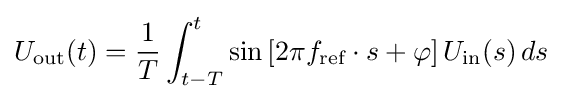
U_{\text{out}}(t)={\frac {1}{T}}\int _{t-T}^{t}\sin \left[2\pi f_{\text{ref}}\cdot s+\varphi \right]U_{\text{in}}(s)\,ds